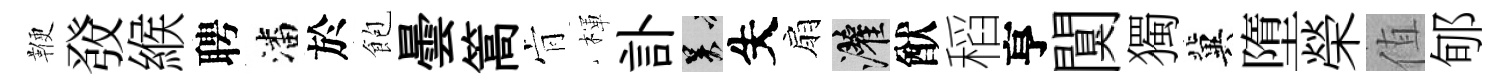
鞭𤼲緱聘潘於飽曇篙肻楎訃吴失扇灌猷稻亨闃獨冀墮榮值郇